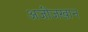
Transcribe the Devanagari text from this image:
अजीजखान